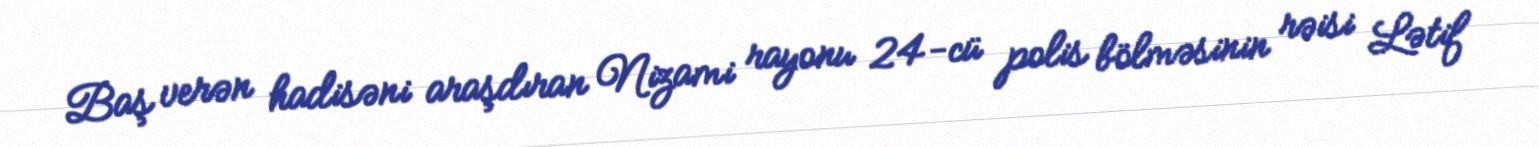
Baş verən hadisəni araşdıran Nizami rayonu 24-cü polis bölməsinin rəisi Lətif